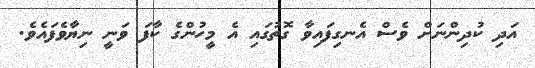
އަދި ކުދިންނަށް ވެސް އެނގިފައިވާ ގޮތުގައި އެ މީހުންގެ ކާފަ ވަނީ ނިޔާވެފައެވެ.